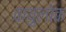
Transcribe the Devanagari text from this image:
वायुलोक